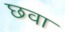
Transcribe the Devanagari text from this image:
छवा